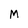
Character: M